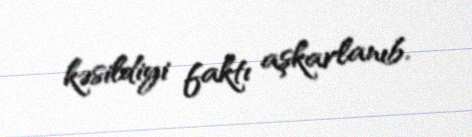
kəsildiyi faktı aşkarlanıb.